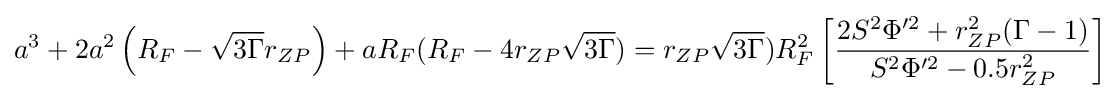
a^{3}+2a^{2}\left(R_{F}-{\sqrt {3\Gamma }}r_{ZP}\right)+aR_{F}(R_{F}-4r_{ZP}{\sqrt {3\Gamma }})=r_{ZP}{\sqrt {3\Gamma }})R_{F}^{2}\left[{\frac {2S^{2}\Phi '^{2}+r_{ZP}^{2}(\Gamma -1)}{S^{2}\Phi '^{2}-0.5r_{ZP}^{2}}}\right]